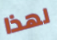
لهذا